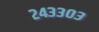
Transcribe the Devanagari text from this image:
२४३३०३